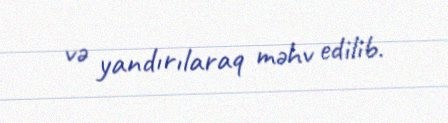
və yandırılaraq məhv edilib.